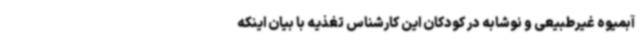
آبمیوه غیرطبیعی و نوشابه در کودکان این کارشناس تغذیه با بیان اینکه